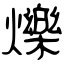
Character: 爍